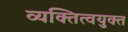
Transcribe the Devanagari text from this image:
व्यक्तित्वयुक्त